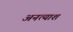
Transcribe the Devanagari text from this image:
अनत्याश